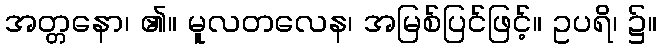
အတ္တနော၊ ၏။ မူလတလေန၊ အမြစ်ပြင်ဖြင့်။ ဥပရိ၊ ၌။